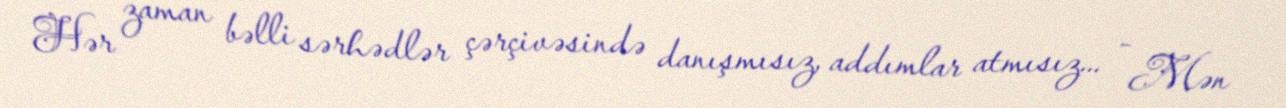
Hər zaman bəlli sərhədlər çərçivəsində danışmısız, addımlar atmısız... - Mən